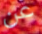
عن